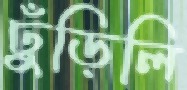
ঢুঁড়িলি